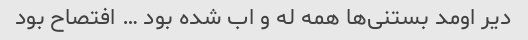
دیر اومد بستنی‌ها همه له و اب شده بود … افتصاح بود